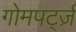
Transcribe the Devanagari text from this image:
गोमपर्ट्ज़